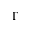
\Gamma